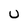
Character: U